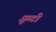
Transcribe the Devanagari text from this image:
फ़्रूटी